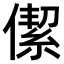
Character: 𠎧